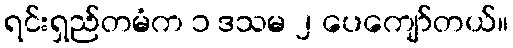
ရင်းရှည်တမံက ၁ ဒသမ ၂ ပေကျော်တယ်။